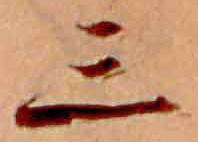
三